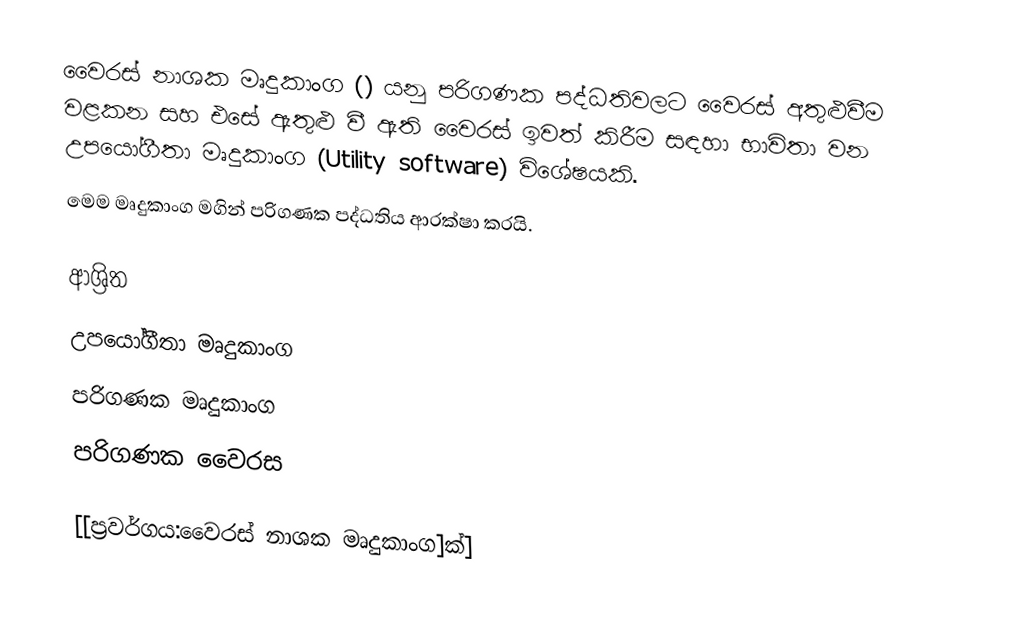
වෛරස් නාශක මෘදුකාංග () යනු පරිගණක පද්ධතිවලට වෛරස් අතුළුවීම වළකන සහ එසේ ඇතුළු වී ඇති වෛරස් ඉවත් කිරීම සඳහා භාවිතා වන උපයෝගීතා මෘදුකාංග (Utility software) විශේෂයකි.
මෙම මෘදුකාංග මගින් පරිගණක පද්ධතිය ආරක්ෂා කරයි.

ආශ්‍රිත
 උපයෝගීතා මෘදුකාංග
 පරිගණක මෘදුකාංග
 පරිගණක වෛරස

[[ප්‍රවර්ගය:වෛරස් නාශක මෘදුකාංග]ක්]